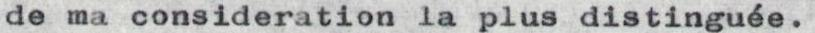
de ma consideration la plus distinguée.